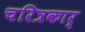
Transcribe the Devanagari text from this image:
चरित्रकार्